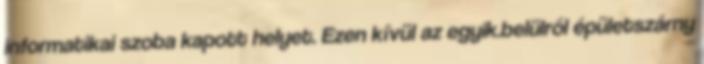
informatikai szoba kapott helyet. Ezen kívül az egyik.belülről épületszárny